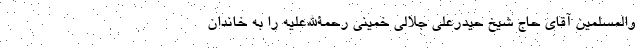
والمسلمین آقای حاج شیخ حیدرعلی جلالی خمینی رحمةالله‌علیه را به خاندان